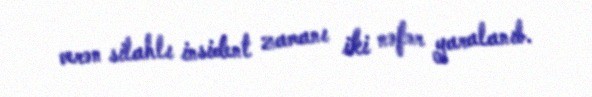
verən silahlı insident zamanı iki nəfər yaralanıb.